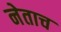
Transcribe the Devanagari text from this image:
नेताच